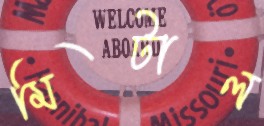
মিটাল